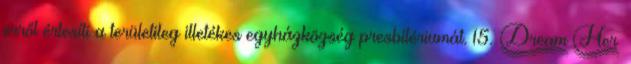
erről értesíti a területileg illetékes egyházközség presbitériumát. 15. §